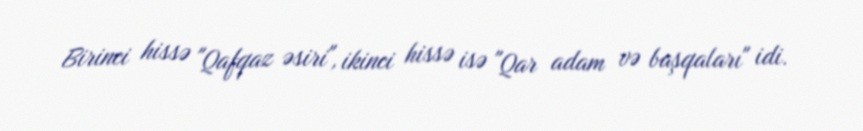
Birinci hissə "Qafqaz əsiri", ikinci hissə isə "Qar adam və başqaları" idi.